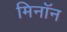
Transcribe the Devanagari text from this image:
मिनॉन